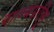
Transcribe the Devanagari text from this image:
राज्यप्रतिभू